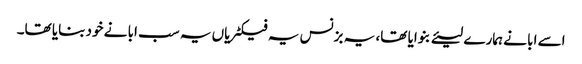
اسے ابا نے ہمارے لیئے بنوایا تھا، یہ بزنس یہ فیکٹریاں یہ سب ابا نے خود بنایا تھا۔